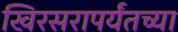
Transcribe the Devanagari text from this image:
खिरसरापर्यंतच्या